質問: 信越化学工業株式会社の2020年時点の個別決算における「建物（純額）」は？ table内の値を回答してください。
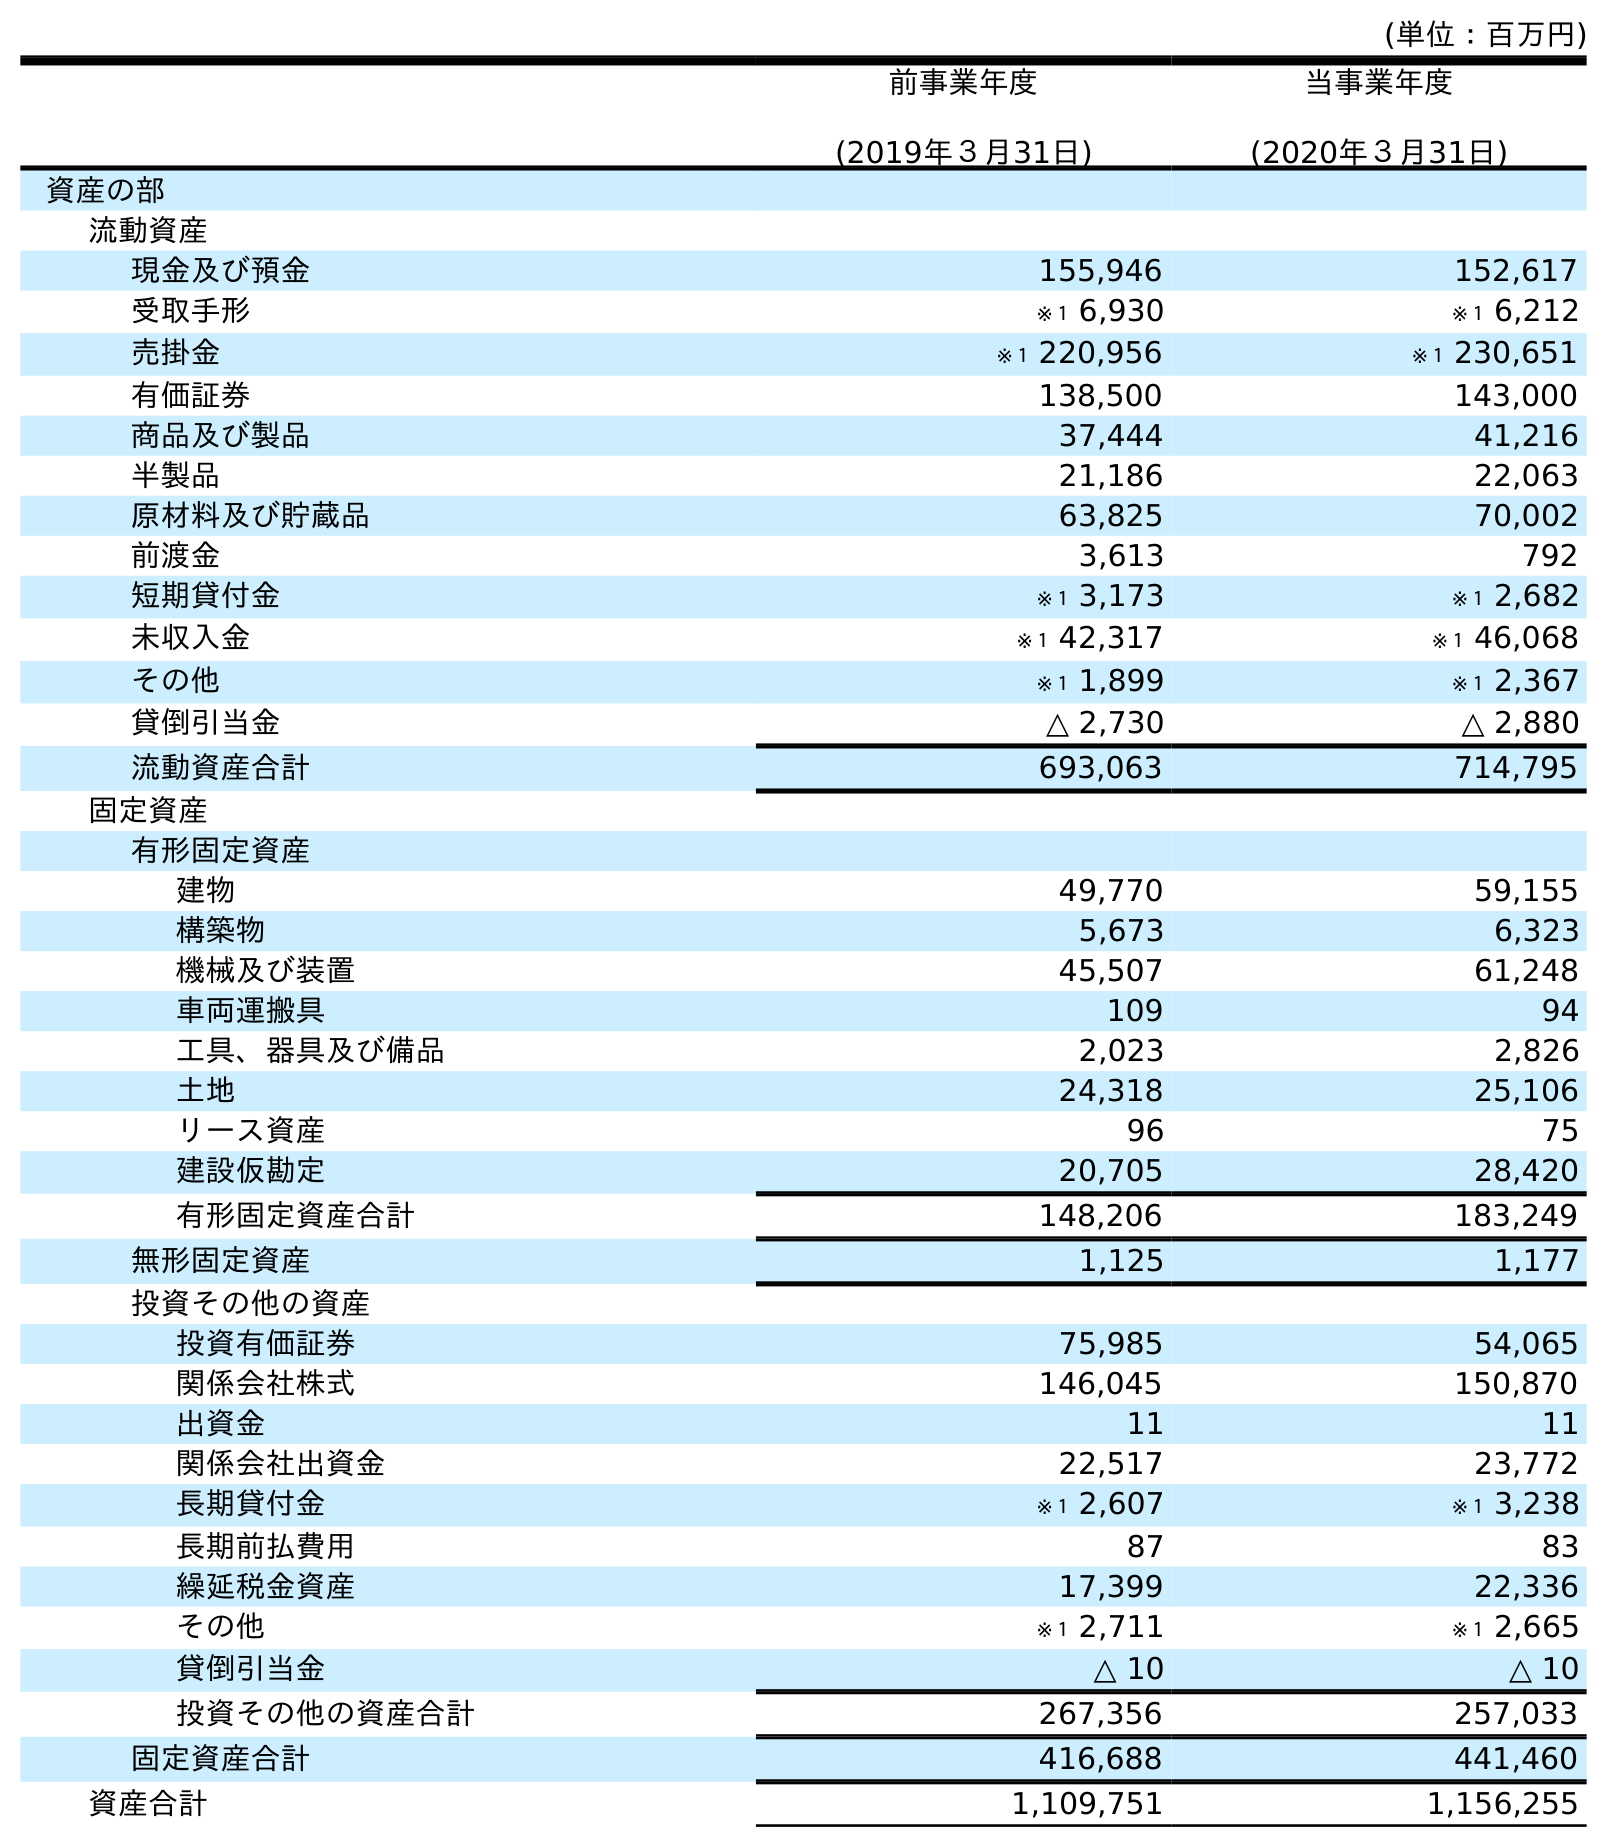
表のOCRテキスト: (単位：百万円) 前事業年度 (2019年３月31日) 当事業年度 (2020年３月31日) 資産の部 流動資産 現金及び預金 155,946 152,617 受取手形 ※１ 6,930 ※１ 6,212 売掛金 ※１ 220,956 ※１ 230,651 有価証券 138,500 143,000 商品及び製品 37,444 41,216 半製品 21,186 22,063 原材料及び貯蔵品 63,825 70,002 前渡金 3,613 792 短期貸付金 ※１ 3,173 ※１ 2,682 未収入金 ※１ 42,317 ※１ 46,068 その他 ※１ 1,899 ※１ 2,367 貸倒引当金 △ 2,730 △ 2,880 流動資産合計 693,063 714,795 固定資産 有形固定資産 建物 49,770 59,155 構築物 5,673 6,323 機械及び装置 45,507 61,248 車両運搬具 109 94 工具、器具及び備品 2,023 2,826 土地 24,318 25,106 リース資産 96 75 建設仮勘定 20,705 28,420 有形固定資産合計 148,206 183,249 無形固定資産 1,125 1,177 投資その他の資産 投資有価証券 75,985 54,065 関係会社株式 146,045 150,870 出資金 11 11 関係会社出資金 22,517 23,772 長期貸付金 ※１ 2,607 ※１ 3,238 長期前払費用 87 83 繰延税金資産 17,399 22,336 その他 ※１ 2,711 ※１ 2,665 貸倒引当金 △ 10 △ 10 投資その他の資産合計 267,356 257,033 固定資産合計 416,688 441,460 資産合計 1,109,751 1,156,255
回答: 59,155